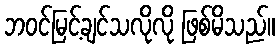
ဘဝင်မြင့်ချင်သလိုလို ဖြစ်မိသည်။